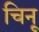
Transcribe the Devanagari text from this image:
चिनू